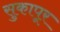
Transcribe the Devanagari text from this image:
सुकापूर